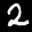
Label: 2